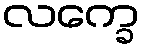
လက္ခေ